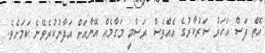
އޮތް ފަސް އަހަރު ސަރުކާރުގެ އެއްވެސް ރަސްމީ މަގާމެއް އޭނާއަށް އަދާނުކުރެވޭނެ ކަމަށެވެ.